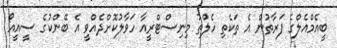
ބީއެމްއެލްގެ ފަރާތުން އެ ތަކެތި ހެލްތު މިނިސްޓްރީއާ ހަވާލުކޮށްދެއްވީ އެ ބޭންކުގެ ސީއީއޯ